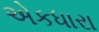
એકધારા